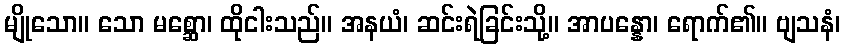
မျိုသော။ သော မစ္ဆော၊ ထိုငါးသည်။ အနယံ၊ ဆင်းရဲခြင်းသို့။ အာပန္နော၊ ရောက်၏။ ဗျသနံ၊